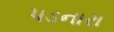
પડનારા